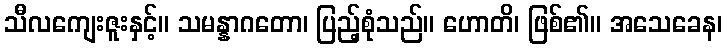
သီလကျေးဇူးနှင့်။ သမန္နာဂတော၊ ပြည့်စုံသည်။ ဟောတိ၊ ဖြစ်၏။ အသေခေန၊